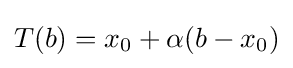
T(b)=x_{0}+\alpha (b-x_{0})